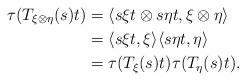
LaTeX: \begin{align*}\tau (T_{\xi\otimes \eta}( s )t) &= \langle s \xi t \otimes s \eta t, \xi \otimes \eta\rangle \\&= \langle s \xi t, \xi\rangle \langle s \eta t, \eta\rangle \\&= \tau(T_{\xi}(s ) t) \tau(T_{\eta}( s ) t).\end{align*}